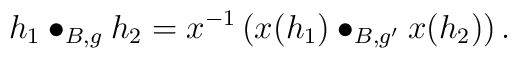
h_1 \bullet_{B,g} h_2 =    x^{-1}\left( x(h_1) \bullet_{B,g'} x(h_2)\right).